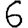
Digit: 6